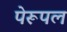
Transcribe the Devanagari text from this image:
पेरूपल